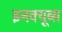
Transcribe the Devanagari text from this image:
इनक्यूब्स